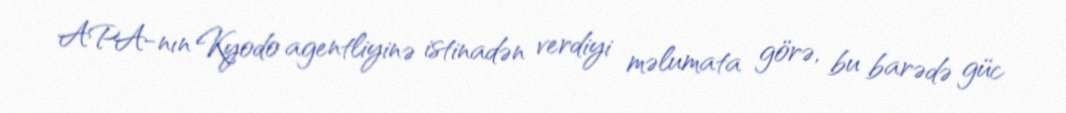
APA-nın Kyodo agentliyinə istinadən verdiyi məlumata görə, bu barədə güc